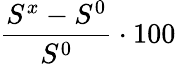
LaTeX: \frac{S^{x}-S^{0}}{S^{0}}\cdot 100\